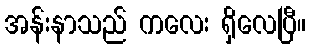
အန်းနာသည် ကလေး ရှိလေပြီ။